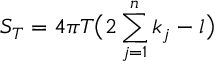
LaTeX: S _ { T } = 4 \pi T \bigl ( 2 \sum _ { j = 1 } ^ { n } k _ { j } - l \bigr )